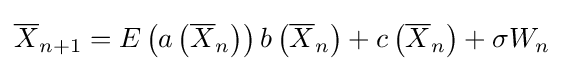
{\overline {X}}_{n+1}=E\left(a\left({\overline {X}}_{n}\right)\right)b\left({\overline {X}}_{n}\right)+c\left({\overline {X}}_{n}\right)+\sigma W_{n}